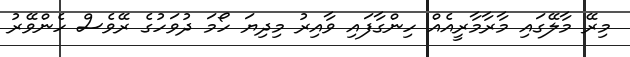
މިރޭ މާލޭގައި މާރާމާރީއެއް ހިންގާފައި ވާއިރު މިދިޔަ ހޯމަ ދުވަހުގެ ރޭވެސް ހެންވޭރު